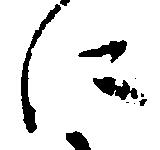
に